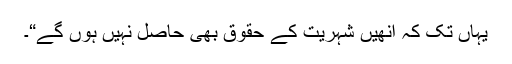
یہاں تک کہ انھیں شہریت کے حقوق بھی حاصل نہیں ہوں گے“۔